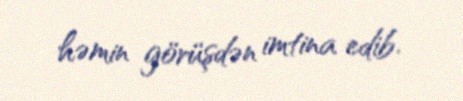
həmin görüşdən imtina edib.